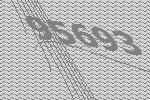
95693